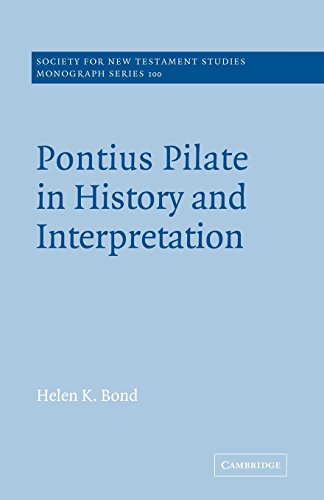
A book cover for Pontius Pilate in History and Interpretation (Society for New Testament Studies Monograph Series); Helen K. Bond; Health, Fitness & Dieting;